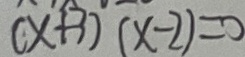
( x + 3 ) ( x - 2 ) = 0